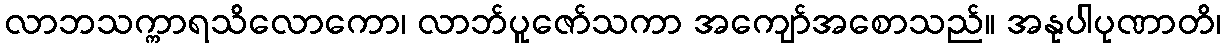
လာဘသက္ကာရသိလောကော၊ လာဘ်ပူဇော်သကာ အကျော်အစောသည်။ အနုပါပုဏာတိ၊